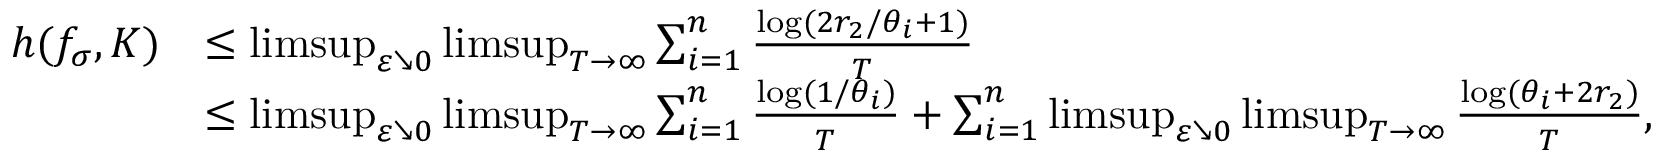
\begin{array} { r l } { h ( f _ { \sigma } , K ) } & { \leq \operatorname* { l i m s u p } _ { \varepsilon \searrow 0 } \operatorname* { l i m s u p } _ { T \to \infty } \sum _ { i = 1 } ^ { n } \frac { \log ( 2 r _ { 2 } / \theta _ { i } + 1 ) } { T } } \\ & { \leq \operatorname* { l i m s u p } _ { \varepsilon \searrow 0 } \operatorname* { l i m s u p } _ { T \to \infty } \sum _ { i = 1 } ^ { n } \frac { \log ( 1 / \theta _ { i } ) } { T } + \sum _ { i = 1 } ^ { n } \operatorname* { l i m s u p } _ { \varepsilon \searrow 0 } \operatorname* { l i m s u p } _ { T \to \infty } \frac { \log ( \theta _ { i } + 2 r _ { 2 } ) } { T } , } \end{array}